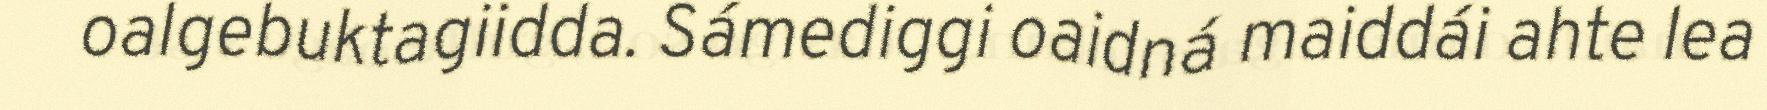
oalgebuktagiidda. Sámediggi oaidná maiddái ahte lea